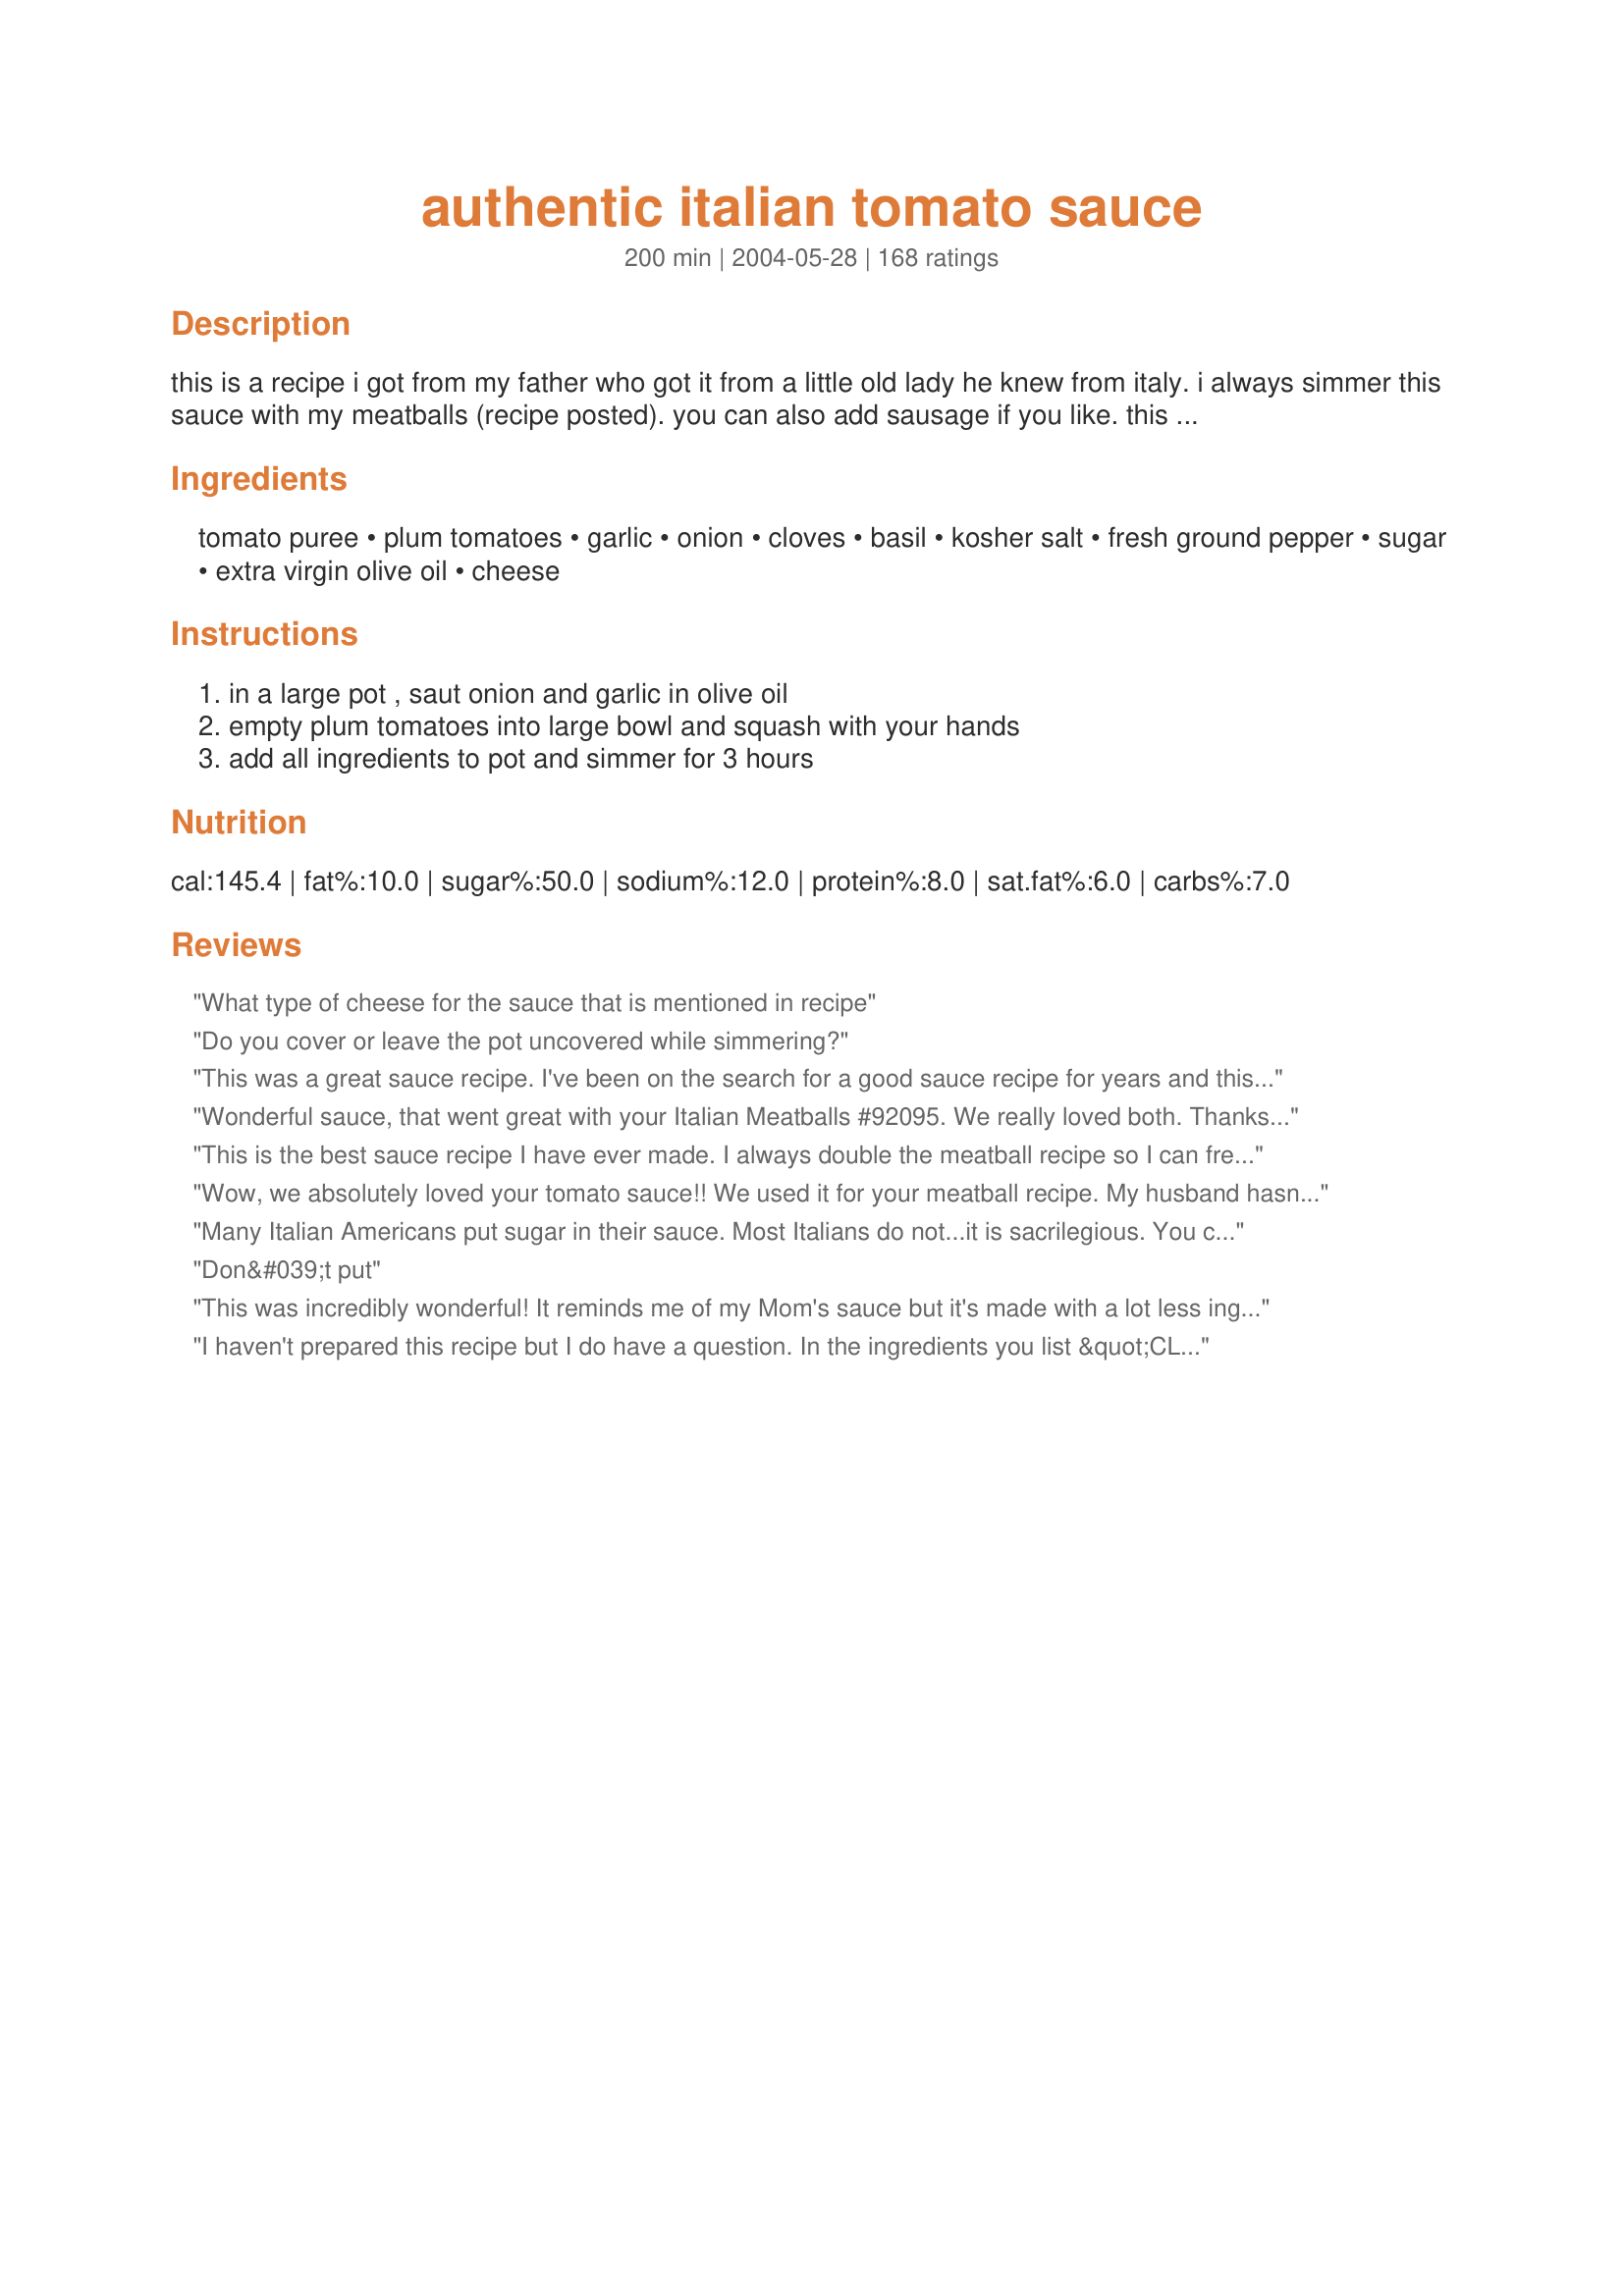
authentic italian tomato sauce
Preparation time: 200 minutes

this is a recipe i got from my father who got it from a little old lady he knew from italy. i always simmer this sauce with my meatballs (recipe posted). you can also add sausage if you like. this sauce is to die for!!!!

Ingredients:
tomato puree, plum tomatoes, garlic, onion, cloves, basil, kosher salt, fresh ground pepper, sugar, extra virgin olive oil, cheese

Steps:
in a large pot , saut onion and garlic in olive oil, empty plum tomatoes into large bowl and squash with your hands, add all ingredients to pot and simmer for 3 hours

Reviews:
What type of cheese for the sauce that is mentioned in recipe
Do you cover or leave the pot uncovered while simmering?
This was a great sauce recipe. I've been on the search for a good sauce recipe for years and this one did it. I guess it's all about proportions.... and I did add the sugar, which I never did before.
Wonderful sauce, that went great with your Italian Meatballs #92095. We really loved both. Thanks ~In*Memory*of*Brats~....
This is the best sauce recipe I have ever made. I always double the meatball recipe so I can freeze in small bags for meatball sandwiches. So glad I found it.
Wow, we absolutely loved your tomato sauce!! We used it for your meatball recipe. My husband hasn't stopped raving about your meatballs & tomato sauce. We did make a few changes though, we used our homemade tomatoes & we omitted the cloves. Thank you for posting this recipe, it's a gem!!
Many Italian Americans put sugar in their sauce. Most Italians do not...it is sacrilegious. You can cut the bitterness by adding a couple of cut carrots to the pot when simmering the sauce. Other than that, I like the recipe.
Don&#039;t put
This was incredibly wonderful! It reminds me of my Mom's sauce but it's made with a lot less ingredients. The only change I made was to use 3 dashes of cloves because I didn't have whole ones. I used Locatelli cheese and did make with your meatball recipe, except I fried them in the olive oil before dropping them in the sauce. An awesome eating experience for the whole family...they could not stop raving about it. Thanks!
I haven't prepared this recipe but I do have a question. In the ingredients you list &quot;CLOVES&quot;. I've prepared a lot of italian food, especially scratch marinara, but I've never used cloves. I will use CLOVES OF GARLIC. Is that a recipe a typo ?
Easy to make and quite tasty! Cooking the coordinating meatball recipe in the sauce definitely added an extra kick (recipe #92095). My husband and I really enjoyed it.
Wow, this is some amazing sauce. I have had it simmering since this morning and now the 3 hours are up. I tasted it and it is out of this world. The flavor is incredible. I can't wait to have it for dinner.
Thanks Allie!!!
I found this to be too sweet, and there were too many cloves.
Love this sauce and the meatballs, too!
I made the recipe exactly as posted and I found it way too sweet for my taste. I will continue to search for the perfect sauce.
This sauce is absolutely awesome! Better than my own recipe and better even that Nona&#039;s! I&#039;m not a fan of sweet gravy (sauce for you non-Italians), so I added sugar to taste but other than that, I made it exactly as written. It&#039;s perfect so why mess with it. Thanks to In Memory of Brats for posting this recipe.
I made this along with the cook's suggested meatball recipe, which was also great. Just looking at the ingredients the sauce sounded relatively simple, but even if it was simple it tasted fantastic. And it went perfectly with the meatballs. It was easy to make. I did replace the cloves with a teaspoon of allspice.
This is the absolute BEST sauce in the WORLD!!!!! I LOVE it! Thank You &quot;Memory of Brats&quot; I browned a couple country pork chops in the pot first, removed them, and continued putting together the sauce, and then added them back along with your meatballs. Simply Heaven.
The cloves are a really nice touch - very good, thanks!
Made this almost completely as written ( i did not have cloves). Everything was going well, tasting as I went along. as soon as I added the cheese I felt like it went off! I persevered and simmered for about an hour. At that point I was convinced that the cheese was darkening the tomato flavor. I added a t salt and eventually a T oregano to try and distract from the cheese flavor but in the end I feel like the cheese is a blight on this recipe. It came out fine...I mean, it tastes about like a store bought jar of &quot;three cheese&quot; sauce or something, but when I do it again, I will definitely leave out the cheese (and then won't add oregano either). My thought is this. If I am going to spend the time making my own sauce, I really don't want it to taste like Ragu.... In the end, not a bad sauce, nothing wrong with it, but not a fresh, vibrant sauce IMHO.
Excellent!
Good recipe except for:<br/>I had no cloves so omitted those, added more garlic, some diced mushrooms, and some Italian seasoning. I used it for baked ziti and the family (even picky kids) loved it! I thought that it tasted kind of like v8 while cooking but realized that I should've added the water that the tomatoes came in, so I added water, let it reduce a bit and it tasted much better. This was my first try at homemade sauce and I will definitely try it again for our next Italian night.
Excellent sauce, similar to my grandmas (another little old italian lady LOL)except I added italian seasoning instead of just basil. Making this today with meatballs, and bracciole - Yummy
Try adding oregano to the sauce. Oregano is a spice that should be in most Italian dishes. That would make it a little more "authentic".
Very good sauce. I didn't have whole cloves so used a pinch of ground clove. Also, a good bit of fresh basil instead of dried. 
Did try recipe #92095 for meatballs and was pleasantly surprised that the sauce did not become greasy. Good combination of recipes. Thanks.
excellent sauce. I normally use Barilla at about $3.00 a jar. This sauce tasted fresher and was much cheaper. Thank you!
delicious made it for my family tonight and Loved it.
Thanks for the great recipe. The best sauce i've made, only used 4 cloves and three cloves of garlic. I also made the meatballs they were also delicious. Will be making both again everything went together so fast.
Very good. It tastes like its been simmering all day. I added some turkey meatballs and my family loved it. Thank you for sharing with us.
This sauce was delicious with your meatballs. I think the sugar made it most delicious and I liked the oregeno in it.
Thanks for posting.
I didn't make it....but I TASTED IT and had to review this recipe!!! My friend made it and my dh and I were at her house and the fragrance of the sauce called out my name. She graciously gave us a sample and we can't stop talking about how amazing it tasted! I LOVE oregano, BUT I didn't even notice that it was missing...it wasn't needed. Anyone who had actually made the recipe might have know that! Thanks Allie!
I always use this recipe when I make sauce and I also use her meatball recipe which is out of this world. The meatballs are so moist and flavorful
This sauce is fantastic! I agree with SugarMegnolia, I could eat it like soup!
This is one of the best sauces I have tried in a long time. I made your meatballs to go with it. 

We all liked this sauce. 

Thanks In*Memory* of Brats.

Bullwinkle.
OMG! I am not suprised this has so many ratings it is sooooooo good. Ther is total room for improvisation also which is great. For one thing I did my second batch on low in the crock pot and it was outstanding. I have also increaesed the amount of cheese which works too. I am not too keen on cloves so I have not added them in with any of the sauces I made and I increased the garlic as I love garlic. I am busy cooking some now with some sun dried tomatoes added so we will see how that turns out. It freezes well too!
We liked this, it was very good. Instead of canned tomato puree, I used homemade puree from the garden this summer (great flavor). I had to add some cornstarch to get this to the right consistency, as it was very thin. Also, no mention of fishing the cloves out, which I did do, but I wish I had bagged in cheesecloth (or similar) since biting one of these is truly unpleasant and finding them was no easy task. Thank you for the recipe!
Delicious, delicious sauce! We followed the recipe exactly, except we couldn't find cloves at our grocery store. We sauteed the onion and garlic in a separate pan, as suggested by another reviewer, and it worked beautifully. Served with the "Authentic Itallian Meatballs"--#92095. This recipe is so good, we saved every last drop of leftover sauce and served with chicken Parmesan a few days later. I've been recommending this sauce, as well as the meatballs, to everyone.
I used this with the meatballs, but cooked meatballs most of the way, first, so that I was sure that they weren't mushy, as a couple of people mentioned, and less greasy. I did not have the 28 oz cans of tomatoes, so used what I had since this was a last minute decision. I used just a couple of dashes of ground cloves and a bit of red wine because the latter is just what you do!! LOL!! Great recipe!!!
I made this recipe along with the meatballs. I had never made spaghetti before and it turned out great. I only did a couple tweaks. I browned the meatballs in an iron skillet before adding them to the sauce (as another poster suggested) and I made them 2/3 ground beef and 1/3 hot Italian sausage. And, I also cut the cloves down to 1 and tripled the garlic. I only gave it 4 out of 5 stars because it doesn't seem authentic (or is it?). I as hoping to find a recipe using all fresh ingredients, but this one was quick and easy - after its all together you just need to stir the pot occasionally. Next time I am going to do the meatball equal parts beef, hot italian sausage and lamb. I really liked how the sauce turned out. It really cooked down a lot and was super thick when it was time to serve - perfect for adding a little noodle juice to make the sauce really bind to the pasta.
Amazing sauce! Thanks for posting!
So easy to make! what a fabulous sauce; will definitely make this again. Thank you!
This Paisana loved this sauce. My whole family gave this 5 stars! Even my Italian mother loved it! I loved the flavor, the texture, the simplicity, the smell and the ease of this recipe. I was skeptical about the cloves and I might put in 2 less next time (I'm just not a clove fan in general), but it added a very interesting dimension. I did add 4 more garlic cloves because 2 didn't seem enough for the volume of sauce and I might even put in more next time. I made the sauce with the meatballs simmering in it - so easy! I can't resist weighing in on the oregano issue: my mother (who's Italian family is right off the boat in NYC) agrees that the only good use of oregano is on pizza. It's a very strong and distinct flavor and we don't happen to like it. I guess it's like the cloves, a matter of personal taste. Say NO to oregaNO!
Excellent! I made this with the meatball recipe. It is the perfect match. Thank you for sharing! Can't wait to make it again - neither can my kids!

Have not made this yet but wanted to add my 2 cents about oregano....my Italian mother and grandmother always said oregano is for pizza, not for sauce!
This was my first attempt at making an authentic Italian red sauce. I simmered meatballs in the sauce and they turned out nicely. I used 4 cloves as recommended in previous reviews and that was about right, might try 3 next time or I may try ground cloves so I don't have to search for the whole ones in a huge pot of sauce. Will 'make again'.
add a few sprigs of Thyme to the saut&eacute;ing of your sausage . Thyme is a gre4at herb along with basil for sauce
I am suspicious of any "authentic Italian" claims in a sauce recipe containing sugar. Taking out the sugar would be great. Sugar doesn't improve flavour in my opinion, and I know it does not take away acidity.
Being 100% Napolitano born in America, traditional core italian recipes were taught and passed down from my Grandmothers. Both were from mountain villages outside Naples, about 50 miles from each other but divided by mountains. I mention this because most traditional recipes are the same or very similar. This sauce recipe is very close to how we make our sauce...almost identical, we only add bay leaves. The best traditional italian or Napolitano recipes are all very simple but fresh ingredients. Canned American puree is a newer convenience but does not deter from the end result. If you grew up with this version of sauce, it's a comfort food staple, with meatballs and italian sausage...always.
So glad to read that tomato pur&eacute;e is Passat a in Uk. I am about to use this recipe Wish me luck!
Loved this with your meatballs! Whole family was impressed!
Love this recipe! Use it for plain spagetti sauce, lasagna with Italian sausage &amp; ground beef &amp; with meatballs. Perfect!
OMG - this rocked! This was my second attempt at making it - the first time, I used fresh vine ripened tomatoes instead of canned plum tomatoes and your sister kindly informed me that was why it didn't work. Luckily, the second time was a charm. Absolutely delicious - I used a bit more basil and garlic. We loved this!! Thanks so much for posting!
I cut the ingredients in half and made this yesterday. It was so delicious and easy to make. I've tried to make homemade spaghetti sauce in the past but I was always disappointed with the results. Not so, this time. My SO said the sauce reminded him of his favorite Italian place in Chicago. I plan on making this sauce and freezing it, so I'll always have some on hand.
my hubby don't really like tomato base sauce as most tomatoes are sour. but he loves this one!!! I used 1 can 500g of italian roma tomato and 600g of puree. And also 2 chorizo sausages. i also cut back to 3 cloves in case it's overpowering. I use normal salt. Wonderful!!! Thanks for the recipe.
Thank you for sharing such a wonderful receipe. Turned out PEFECT!!! Also, made the meatballs and made my pasta from scratch. Inspired me to look into cooking other types of authentic italian sauces. Will be a permanent receipe in the familly cookbook
So great!! It just gets better the longer you simmer it with some meatballs. thank you
I have used a similar version for years, this is excellent. Basically my version uses 1 to 2 tsp. of ground Anise instead of cloves - both taste great.
can you please specify how many cups ur recipe yields?
Quite a good sauce. Rich and tomatoey. Cloves add a nice subtle flavor to the sauce. I, too, questioned the lack of oregano, but resisted the temptation to add some. The sauce was good w/o it. I did,l however, add a bit more garlic and onion. Cheese gives the sauce a subtle creaminess that echoes some pink (tomato & cream) sauces I have tried. Very good with your meatball recipe.
Wonderful sauce recipe, smooth and delicious...definitely a keeper, and the meatball recipe was great, too...
This sauce is absolutely delicious! Thank you for sharing. i would never think to add cloves to my tomato sauce recipes before.
I had lots of yellow tomatoes so I used those instead of plum tomatoes. I used ground cloves and just slowly added until I could just taste the cloves. I did not add the cheese because I froze it and figured I could add fresh cheese when I used it.
I LOVED this! Ok so I have never been able to give recipe a good rating like this. It was acually good. I only used one can of tomato puree and cooked italian sausage in it. I was able to freeze the leftovers for another meal. YUMM!! Thank you so much for posting this.
Unfortunately despite purchasing imported tomatoes and following the directions to a tee, it tasted a little like Ragu.

Too sweet, and I feel that all the sugar and perhaps the onion did too much to mask the flavor of the tomatoes (which, by themselves, tasted great).

Also not enough garlic and not enough salt in the original recipe.

It wasn't bad - just OK... and I guess for people trying to imitate a Ragu like flavor, this will hit the mark.

All in all, not for me.
AWESOME SAUCE! Made exactly as described. One question, do you put a lid on the sauce while it's cooking or partially covered?
Delicious! I made this with the accompanying meatball recipe, and it turned out great. This was my first time making tomato sauce and meatballs from scratch, and I will definitely go back to these recipes. The only thing I wasn&#039;t sure about was what kind of grated cheese to use, so I used parmesan. Not sure if the recipe author (or other reviewers) could clarify what cheese is usually used for best results.
This sauce is awesome. I have made it several times. The only thing I did different was add a lot more garlic. I have given this recipe to several people...It gets good reviews from everybody that I have made it for. I also used your meatball recipe and added two sweet italian sausage links while simmering..Very good, I can't say too many good things about this! Thanks for posting.
This was hands-down, by FAR the best tomato sauce I've ever had. Cooked it for about two and a half hours with some Italian sausages cooking in it too...
We kept going back to the stove to taste it every few minutes, it was so good! I could eat it like soup! My father (pure Italian) absolutely LOVED it too.
One word EXCELLENT!!!!
Very Good...I followed the recipe expect for the 6 cloves, I didn't have any on had so I sprinkled a little ground cloves in the sauce instead. I also made your meatballs and cooked it in my crock pot on low for about 5 hours or so...made GREAT meatball subs.
Great pasta sauce....thanks for the recipe!!
Instead of adding whole plum tomatoes and puree and cooking for 3 hours, just buy crushed peeled tomatoes or ground peeled tomatoes (Like Pastene&#039;s Kitchen Ready or Tomato Magic). canned sauces are already cooked once, so 3 more hours created an overcooked flavor to me. Reduce the cook time to 45 min to 1 hour and the sauce will have enough time to marry (meld) and not be overcooked. Otherwise good recipe.
I have not made the recipe but I can tell you it is NOT authentic Italian. I work for a company who makes authentic pasta sauce. If you want authentic Italian you have to use Italian tomatoes, no added sugar, and no cloves. Authentic Italian pasta sauce contains very few ingredients: Italian tomatoes, salt, pepper, onions, garlic &amp; olive oil.
This is seriously the best tomato sauce ever. Don&#039;t worry about the sugar it does seem like a lot but it&#039;s delicious. I cut up Italian sausages raw and put them in the sauce after I completed it and before I was ready to let it simmer for the 3 hours. It was so good as if the sausage was almost candied without being sweet like dessert. My whole family was so impressed and I this is coming from someone who ALWAYS impresses!!? seriously do yourself and your dining partners a favor and get out the sugar cloves and make this recipe!!
This was fabulously easy. I used 3 410g cans tomato puree and 2 400g cans diced italian tomatoes. I made a slight error, by adding too much sugar (woops) but it was wonderful nonetheless. Next time I will measure it out with a spoon..
I thought this sauce was pretty good when I first served it (everyone raved about your meatballs!). But when I ate it the next day (and the next!) it was really good! It definitely got better overnight and will make it again.
I was looking for a rich, thick, slightly sweet tomato sauce and this is THE ONE. Made as posted and did not need to change a thing! I used it to make recipe#114571 and it was perfect. I can't wait to make some lasagna with this sauce. Thanks for posting!
I made this sauce to accompany your meatball recipe. I threw everything into my crockpot and cooked it on high for 4 and a half hours. I was feeding a crowd and everyone enjoyed the sauce but my family prefers the one that I usually make;I guess old habits are are to change. I did love the fact that I keep most of these ingredients as staples in my house and it is easy to whip up this recipe. I also love how cheap this sauce is and how much better it tastes than store bought. I'm sure without including the items that I usually have on hand, the cost for the sauce was less than $5.00. So if I add the cost of the meatball...I made a spaghetti,meatballs & sauce dinner for less than $1.00 a serving--you can't beat that! Thanks for posting!
I would give this 50 stars, if I could. I could drink this tomato sauce with a straw, it is that delicious. I did not have any cloves, but other than that, I made it as directed. My hubby and 2 children, who are very picky and rarely compliment my cooking, all ate 2 servings of pasta with this sauce and said it was fantastic. I will never again buy tomato sauce. This is GREAT tomato sauce!
Made this with the accompanied meatball recipe (92095) and took to a pot luck. Total hit! Good, solid, authentic, Italian cooking. Just like my mother-in-law's that I have been trying replicate for years. Thanks.
I'll add my five stars to your ever-collecting list of reviews here ; ) This sauce is delicious, Allie! I changed nothing, as I wanted to see exactly how this recipe turns out, and I feel it is restaurant quality. I tasted this sauce after simmering for 1 1/2 hours and I have to say, I liked the flavor better at the end of the first half of the cooking. The second hour and a half thickened the sauce, but seemed to me to change the flavor. I served it with your recipe for meatballs which were a great addition to this sauce. I do have to add that my family still wants me to continue making my own sauce, but with me, this one deserves a winning review! I plan to use the leftover sauce to make some ziti ; ) Thanks for the wonderful supper, Allie!
This sauce is fantastic! Followed the recipe the first time but was a little bland and too heavy on the cloves, with a few tweaks for my own flavour I have made this the last 5 Sundays in a row and guests DEMAND to take leftovers home!

My tweaks:
-1 Can Crushed, Diced and Whole plum tomatoes but I use the good quality ones - huge difference.
-double the garlic (rule of thumb)
-4 cloves
-doubled basil, salt, pepper
-use honey instead of sugar
-I remove the casing from italian turkey sausage and crumble it in.
-Let it simmer for 3-4 hours and in the last 15mins remove the lid to get rid of some of the extra water.

Guests don't even add salt/pepper to this - the eat it up and clean their plates!!
I've been eating this sauce forever, AlliePie is my sister. It is perfect. Oregano doesn't make anything "authentically" 
Italian. Neither of us use it.
This is about as authentic as authentic can get. We should know, we are both authentically Italian. :-)
I was looking for a pomodoro sauce that could be made with in-hand natural ingredients, this one is THE BEST, I did let it get very thick and then added some red pepper, I like a little kick to it, and it&#039;s absolutely great and easy to prepare, many thanks!
Wonderful sauce! I also added more basil and more garlic. I allowed this to just sit and not really even simmer all afternoon, it was just awesome. Although this uses canned products, it has a really fresh, light taste to it...packed with tomato flavors and I love the fresh basil. Thanks for posting!
It is so frustrating when people post &quot; this recipe is great&quot; ...but then list 10 ingredients or quantities the changed&lt;br/&gt; Please post your own recipes and just tell me how this recipe is. Yikes.
I had high hopes for this sauce, but unfortunately I was disappointed. I didn't make any changes to the recipe. It's definitely lacking something.
Absolutely great recipe. My three kids (1-7), husband and I all love it.
when you change the recipe and add this and that it's no longer an authentic italian tomato sauce..and you can't guve it a fair review when you change the recipe.. the ratings should be based on the recipe posted only.. if you add a bunch of different things then post it as a different recipe.
Beware Brits. If you are cooking this then don't do what I did and use the tomato puree as we know it in UK. As I have since found out, the Americans call what we call Pasatta, Tomata Puree. In UK tomoato puree is the thick concentrated stuff that the Americans call tomato paste. It was like wallpaper paste when finished and a bit too tomatoey, but i still ate it, not wasting that many meatballs :). Anyway, since finding this out I have re-tried the recipe with tomata pasatta instead of puree and it is an absolute gem of a recipe. thanks.
You can saut&eacute;e the onions, garlic and oil in the same pot just do it on a low heat and stir until the onions are translucent. Then add the rest of the ingredients. When you do it this way you prevent the onions, garlic from burning. This chef absolutely loves this recipe and the meatballs are outstanding.
Haven't made this yet, my question is what kind of cheese is recommended? Thanks.
Oh.my.goodness. Sensational! I wasn't sure about making a sauce without tomato paste, but when I read another reviewer's comments about it not being so sour, I decided to give it a whirl--and I'm so glad I did! It had plenty of fresh tomato taste and no sourness. I added some more herbs and spices (oregano, thyme, bay and fennel)and used brown sugar instead of white, and it was absolutely outstanding!
Sorry one more question, do you mince the garlic or just put peeled garlic cloves in whole?
I think the cloves made the sauce smell and have a funny taste. Kind of wasted my whole dinner.
Finally a sauce that everyone in this household would eat without complaint!! I did have to sub with diced tomatoes and I left it on a low - warm burner all afternoon after I was sure the meatballs were cooked through. I followed Karens review and added 3 small shakes of cloves instead of whole cloves. I also made your meatballs which DS did not care for. However next time I make this I will cook the meatballs prior to adding to the sauce to see if that will satisfy him. Thank you for sharing!
This very easy to make and I had high hopes for it, it even smelled wonderful while cooking...however we thought it was just OK. My DH complained that it was very bland. The meatballs were amazing...I will be using those again, but I think I will add a little more garlic or something next time.
I'm in the process of making this and I feel like it's very sweet, any tweaks/fixes ?
This recipe tastes exactly like good tomato sauce is supposed to taste. I was making some lasagne and I wanted to use real sauce as opposed to the canned stuff, so I made this. There are probably a couple variations you could do with herbs and spices, I put some oregano in mine, it turned out great. Thanks for the recipe Brats.
PERFECT spaghetti sauce. I add twice the meatballs that match with this recipe so I added one more can of tomato puree to make more sauce, didn&#039;t adjust any other ingredients and it turned out great! This recipe is enough to hold double the meatballs but for my safety, I like to have a little more sauce. This sauce is gold!!
Awesome! Made with the Authentic Italian Meatballs #92095 and it all was great! I didn't have whole cloves so I used 2-3 Tablespoons of ground cloves. Turned out fine!
This is so TASTY! I used 1/2 teaspoon of ground cloves, as I forgot to buy whole ones and I used Parmesan cheese. This sauce is so light and delicious, especially with your meatballs too. I also like that there isn't a laundry list of ingredients to make it! My hubby and I both LOVE it. This is the only sauce recipe I'm going to use from now on. Thank you for sharing!
I made this also with the recommended meatballs, which were wonderful and tender, much nicer altogether than regular fried meatballs. The only thing I found was the sauce was very, very rich and we could hardly finish our bowls of it. I think that would depend on which brand of puree you use (since there's a lot of it), I used the Fred Meyer one. It was still delicious though! Thank you for sharing this recipe!
We really enjoyed this sauce as a base for a pasta sauce with ground beef added.
This was easy and delicious! Made with your meatballs, which were also good. Even my 4-year old "but I DON'T LIKE sauce..." son ate it all up.
I'm sorry to give it only three starts but my honest review is that hubby and I didn't care for this too much. I don't know if we were just expecting more from this but it was just very bland. It just tasted like tomato sauce with very little flavor to it. Sorry.
A question in regards to the cans of tomato puree, is it 2 x 28 ounce cans or a total of 28 ounces? I am in Australia, our cans of tomato puree are usually approx 400g or 14 ounces.
This is a great sauce! We used it with your Authentic Italian Meatballs recipe and it's perfect. I've made it a couple of times and each time the kids ask for it again the following night. Honestly, if I allowed it, they'd want it every night. I LOVE the added dimension that the cloves add to this sauce. The second time I made it, I forgot to put in the cheese. While it was still very good...we found the cheese to be a key ingredient. Thanks for posting this!
I love this! It was so easy! This is the first time I had ever made homemade italian sauce, and I nailed it!! thanks...the only extra thing I added was a pinch of baking soda to get rid of the acidity. Thanks!! I also made it with the 92095 meatball recipe! My Italian mother was so impressed! Seriously perfect "sunday dinner" recipe!
This sauce is just delicious. I used crushed tomatoes, tomato puree and tomato sauce as they were in the pantry. Added two more large cloves of garlic and used fresh basil, but that&#039;s it and it was just wonderful. Thank you for this! So easy!
I made this without the cloves because I&#039;m not quite sure how to cook with them. Do I just throw 6 whole cloves in the sauce? And if so, will they dissolve or break someone&#039;s tooth when they accidentally bite into one? Lol!
Do you really use 2 x 28 ounce tins of tomato puree?
delicious!
Very good!! Even better the next day, if you can believe that. I didn't have tomato puree, so I took canned chopped tomatos and whirled them in my food processor. I simmered them for 3 hours, when I served it up with your meatballs, the sauce was a little watery, but I'm sure it's because I used the tomatos instead of the puree. So I simmered for a few more hours. I put in in the fridge over night, when I warmed it up today, a nice thick sauce. This will be put in my tryed and true cookbook. Thanks so much for sharing this recipe.
This sauce and your meatball recipe (#92095) were fantastic!!. Will be making this again. Thanks!!
This was great, I dropped in In Memory of Brats's meatballs too. i added more Italian seasonings and garlic, and omitted the cloves, otherwise it would have been to plain for me.
This recipe turned out amazing. I didn&#039;t use cloves (I forgot) but the sauce really turned out better than any other tomato sauce recipe I have tried. I will definitely be using this again and again.
This was good but way too sweet for my taste. I'll probably make it again because it is very easy, but I'll cut the sugar back by at least half. I paired it with the Authentic Italian Meatballs (#92095) which are awesome.
Couldn't find the large cans called for, so I substituted 3-29 oz cans of puree and 1-28oz can tomatoes. I didn't know what kind of cheese to use, so I put 1/4 cup each of mozzerella and parmesean. I wasn't sure if it should simmer w/the lid on or off, so I verified with the poster that the lid should be ON. Can you tell this was my first attempt at spahgetti sauce? And, I'm happy to report it turned out fantastic! Thanks!
This sauce is SO good! I made this to serve with your meatballs recipe #92095 and spaghetti. I made a few alterations... I halved the tomatos and tomato puree. I had no cloves on hand so I used Â¼ t of powdered cloves. I used 1 T sugar and we like garlic so I used 5 cloves. It was fantastic. Next time I am going to try it in my slow cooker. It was a lovely rich sauce. Thank you for a great "keeper" :) 28 May 2009 This also freezes and reheats beautifully!
This sauce and your meatball recipe (#92095) were EXCELLENT! <3<br/>Thank you!
Whoa. This sauce is so delicious!!! Even my father couldn't stop tasting it. I actually halved the recipe (in case it was gross) but I added way more garlic. I also substituted cinnamon for cloves (didn't have any), put about a half a teaspoon. Also added a touch of italian seasoning with the basil. You don't really taste the cinnamon, it just really adds to the flavor. We are having it with fried calamari, scallops, and shrimp. YUM! This is my new tomato sauce recipe, and I'll never buy jarred again!!
This recipe was so good!! Only changes I made was to add fresh basil, flat leaf parsley and rosemary plus about 1/2 t. extra Italian seasoning. I used a Rachael Ray recipe that was similar for your meatball recipe and cooked them up and added them at the last until heated through. I will try your meatball recipe next time as I am sure the meat cooking in with the sauce will even be tastier. Thanks for sharing a great recipe!
This was the worst spaghetti and meatball recipe ever. A total waste of 4 hours. It has a terrible flavor. We would definitely not recommend this dish. Barf on noodles.
Awesome! This was incredible, I made the sauce and your meatballs as well. I used the sauce for eggplant parm, I received quite the compliments. I will be making this again for a dinner party I'm having.
I thought that I had reviewed this. I made this awhile back. Very good sauce, loved it! Will make again!
Very good sauce recipe. My friend LOVED it and couldn't stop raving. It's a sweet sauce, if that helps anyone out there looking for a sauce recipe. I will make this again! Thanks!!
Another great recipe! As soon as I smelled this wonderful sauce I was dying to have a taste, since there was raw meat in there, I had to wait! LOL My DH was asleep and the smell woke him up LMAO I let him taste a meatball and the first thing he said was MMMM great sauce! His late grandmother was Italian and he loved her sauce, he said your's was only 2nd to hers LOL I guess this will be *the* sauce from now on since we don't have her recipe. BTW, I only used 2 28oz cans of puree and one 28oz can of tomatoes, that made a TON of sauce....116oz seemed like way too much, are those industrial sized cans? lol 
Thank you so much for posting this!
Good tomato sauce, but definitely not what I was expecting. The cloves added a strange vibe to the sauce that made it different from the "authentic" Italian sauces I'm used to. I followed the recipe exactly as is and added meatballs and Italian sausage to cook in the sauce. I'll definitely start cooking my meat in the sauce from now on, both came out super tender and a lot more healthier without sauteeing them first. I'll probably try this recipe again, but will leave out the cloves or cut back on them some next time.
Great recipe!
I wanted to weigh in on this baking soda cutting down the acidity in sauce/gravy. What my grandma did and what she told us what works for that is bay leaf. Add the bay leaf when you combine all the ingredients you should have a well balanced gravy. Another fond memory from my childhood is whoever finds the bay leaf in their pasta gets an extra meatball! Lol, well I hope that helps and happy cooking!
I wanted to add my experience regarding how you saut? the onion and garlic in the same pan and then adding sugar to the recipe. Here is what I%u2019ve learned from my own cooking experience and from reading hundreds of recipes. Many recipes tell you to saut? the onions in the same pan in which you make your sauce as it adds more flavor to the dish. The recipe as posted says to use olive oil and if you have that in the bottom of your pan, you are not likely to burn the onions unless you are saut?ing them at too high a heat. Any sticky bits should then be scraped up as you are adding the other wet ingredients (tomatoes). This only adds flavor, unless you%u2019ve burned them. So cook slowly only until onions soften. <br/>As for sugar being added to the recipe, I have two things to say. The poster of this recipe, %u2018InMemoryofBrats%u2019, says that this recipe was given to her father from a lady from Italy. Most people from Italy didn%u2019t use canned (from the store) tomatoes; they would have used fresh or something they canned themselves. Tomatoes and the sweetness of those tomatoes vary from season to season and sometimes from fruit to fruit on the same bush. To avoid bitterness that some tomatoes have, you can add sugar to make up for not having a sweet tomato. So, check your sauce and if you feel it%u2019s too bitter, add some sugar, a little at a time. Of course then there are some people that just love a sweeter sauce and for them, the two tablespoons of sugar may be needed. I just wanted to clarify this to new cooks and hope it helps someone.
Great sauce!!I have been making this for about a year and have always had nothing but great comments on it. The only thing I add is pepperoni.The pepperoni gives it a little more zing.Thanks for a recipe that I'll always use
Regarding the comment about oregano .... adding oregano to red sauce is highly subjective. I live in an area w/wonderful Italian food and not everyone adds it - I happen to prefer sauce w/out oregano.
Very good recipe, especially with the complementary meatballs recipe. They work really well together. Originally, it was too heavy on cloves for my tastes, so for the next cookout, I halved the recommended amount. The amount of sugar is pretty conservative and that&#039;s coming from someone who doesn&#039;t like overly sweet pasta sauces (everything off the shelf is too sweet for my tastes).
Have you ever made something so good that your family won't stop eating it for 2 days? Well that's how this sauce and linked meatball recipe went over in my house. I signed up just to write a review on this a make it the first recipe I add to my recipe box!
I simmered this sauce for 3 hours and added your meatballs to it. For us it was just Ok. Nothing is wrong with it however. I didn't use the cloves because I don't care for cloves.
This recipe is amazing! I grew up with an Italian Grandmother making a big pot of Gravy every Sunday.. She passed away when I was a teenager and I have always tried to figure out her recipe but something was always missing it did not taste like her gravy. Then I found this recipe and all along the one thing I was always missing was the cloves. Took me back to my childhood! I did use brown sugar instead of regular sugar. I also added half a small can of tomato paste while to onions and garlic (I used 4 cloves) are sauteing (it brings out the flavor) then I add everything else. With the empty can of tomatoes fill about 1/4 way full with water mix the rest of the tomatoes with it and put in pot. This is the best Sunday gravy! I do make mine with his meatball recipe which is amazing and I also add raw sausage to the pot as well. and I let it simmer all day. This is an amazing Football Sunday meal!
Good, easy recipe to follow. This does make alot of sauce so maybe next time I would cut back on the tomato puree. Thanks for posting.
This is a good basic tomato sauce. But, I felt the sauce was missing something and my family thought so too. We weren't sure what? I followed your directions, using two 16 oz cans of tomato puree and one 28 oz can of diced tomatoes (as KMT suggested in another post). I loved the idea of cooking the meatballs in the sauce and will be doing that from now on.
Very good sauce. Only difference is I added maybe a heaping teaspoon or Oregano and a teaspoon of dried Habanero Chili (I like spice).
I've made this twice now and the whole family is in agreement - this sauce rocks! I make it with turkey Italian sausage and everybody loves it. Thanks for posting this, Allie!
I like using a 3 cheese blend.. sauce is great. Meatballs I use the veal/beef/pork mix.. love it every time!
Tried this for the first time with some of my gourmet friends and they loved it. Said it was real southern Italy food. It will please anyone that enjoys good Italian cooking. The only change was I added some crushed red pepper to it.
This sauce was really good! Being full blooded Italian I know a good sauce when I see one. I made a few changes. I used 3 cloves garlic, instead of 2, left out the cloves, decreased the sugar to 1 tsp. and increased the cheese, used parmesan, to 1/2 c. I did add 1 lb. sausage, taken out of skins and browned, then added to reduce grease. This sauce is one that I will make again. I made with your meatballs and we loved them too! Thank you!
This sauce is amazing! We absolutely loved it. I did add more basil...about a tablespoon or so of fresh. It thickens so beautifully and clings so well to the pasta. My picky child didn't even notice (or care) about the tomato pieces in the sauce--which really surprised me! She had a huge plate! I think this sauce will be replacing mine. :) Don't leave out the meatballs! They are fabulous too!!! (#92095) Thanks for a GREAT recipe Allie! :)

Love this recipe...along with your meatball recipe. Spaghetti is an all time fave meal at our house and this will be the one I make from now on it is simply delish! Thank you so much for posting!
Made this sauce with the meatballs recipe
&quot;Authentic Italian Meatballs&quot; on Food.com.
Absolutely the best two recipes for Italian sauce and meatballs EVER!
Delicious! And I&#039;ve been making meatballs and sauce for 40 years!
I guess I am definitely in the minority here, but my family did not care for this sauce at all. It turned kind of watery - too be fair, I did not cook it on the stove, but in the crockpot on high for 3 hours. Even so, the flavor I didn't think was very exceptional. Sorry, but I don't plan on making this again.
I liked the consistency of the sauce and the flavors would probably be pretty good IF I had not used cloves. The cloves make it taste very odd...all I could focus on was the overwhelming flavor of cloves. I did make the meatballs suggested to go with this sauce and they were really fantastic and cooked perfectly! I&#039;ll probably try this sauce again, but with absolutely NO cloves! Ick!
holy cow. i added 2 sticks of mozzarella string cheese to this and 1/4 cup of the powdery Kraft romano and it was delicious!! i didn't even have an onion or use cloves (cause i hate 'em) but i never knew sauce could be so easy and good.
What a great sauce! My husband and son both loved it and it made a ton, so I'll have some in the freezer for busy weeknights. I served it over pasta with the meatballs suggested. Thanks!
This exactly how I make mine. I also add a pork spare rib along with meatball and sausage. Sunday is not Sunday without sauce simmering all day??
Yum, very nice sauce. I used 500g jar of tomatos I had preserved and a 400g can of pasta sauce, because I did not have any puree, cut quantities for everything else except garlic and onion in half and used with Kittencal Famous Meatballs. Which I then used to make subs. Thanks for sharing. I love this sauce!
This was very good, I'm not sure if I'm a fan of the cloves though. I think next time I'll try leaving them out. It went over we'll with everyone in the house.
A very tasty recipe. <br/><br/>I changed it just a bit, I doubled the garlic and used fresh tomatoes ( about 3-4 cups ) and used 2 cans of 12 oz tomato paste 2 cans of water. <br/><br/>I also sauteed the onion and garlic in a smaller pan prior to mixing ingredients. <br/><br/>The kids loved the sauce and the meatballs, so it's a winner in our house and we had enough left over for a 2nd meal later in the week.
I had to add one other thing in my review that I forgot to mention: Sautee your onion and garlic in a separate pan, then add to the sauce. I sauteed them in the pot that I was using for the sauce as it calls for, and I could not keep the onion and garlic from sticking to the bottom of the pan. So sautee in separate pan first.
Caution: Another reviewer said she added a pinch of baking soda to reduce the acidity; I tried this and it took away all the flavor entirely; it was gross. If you&#039;re going to add baking soda add the tiniest pinch and test it first. I was so pissed when I ruined the entire pot.
Pretty good! I will add the various meats next time for more beefy flavor. I also increased the garlic as well. Thanks for posting.
I really enjoyed this recipe and will keep some in the freezer at all times. It can be used for so many things. I will reduce the cloves to 3 for freezing purposes, as cloves intensify in flavor after time. I added red wine to give the sauce a little more depth. Thank you for a great all-purpose sauce.
Although I would like to see a little more spice in this, it was a perfect compliment to your meatballs #92095. A nice thick sauce that was a perfect covered dish for a pot luck dinner.
Best meatballs I EVER had! My whole family just loved them! Definate keeper and only recipe I will ever use. Today I am trying your sauce. I predict only good things ahead!
I always thought making a great Italian sauce would be more difficult than this, but the hardest part is actually waiting for the three hours to pass. I added your meatballs to the pot then served it all over spaghetti. Next time I may add a little more garlic, but then again, I may not mess with it at all. Thanks for sharing this one, too Allie.
Allie, this couldn't be any easier! And I can honestly say that this is the BEST sauce recipe I've tried. I'm abandoning my other recipe for this one. It's delicious, light-not heavy, and not too acidic. I think it's because of the absence of tomato paste, which isn't needed. The simmering time thickens it very nicely. I followed the recipe to the letter with no changes. My entire family loved it--my husband came home and was dipping bread in the pot right away. He said to tell you that your sauce and meatballs are heirloom quality recipes to pass on to the kids. He has never said that before--but he's really serious about tomato sauce and meatballs, lol. This is the best! Oh, I had the sauce (w/ the meatballs in it) going at a good bubbling simmer, and everything was ready after about 1 1/2 hours, but I let it simmer longer anyway. Thank you for sharing your recipe!
Very good and easy. I like the addition of the clove. Thanks!
I made this without the cheese and still it came out so good! I made this with your meatball recipe :)
Even my DH liked your sauce recipe. Thanks!
I had made some changes while I prepared this sauce. I had fresh tomatoes on hand that I wanted to use up...used 4 garlic instead of 2...and added about 1 T of hot chili paste. The sauce turned out quite thick, so I added water to make a better consistency. The cloves imparted a unique taste that I quite enjoyed. I added a parmesan rind for flavor. To prevent the onions and garlic sticking, I sprayed my Dutch oven with Pam and cooked them at a lower heat and had no problems with burning. Next time, I would probably use fresh basil for a fresher taste. I used your recipe for meatballs and just plopped them in the Dutch oven, let them cook for about 10 minutes, then stirred them around...then simmering them for 3 hours. This is not the "run of the mill" type of sauce and turned out something quite unique. The cloves do make a difference, but you have to like the taste in the first place! This was a very easy recipe to put together, and I would do this one again!
This was okay - the cloves were overpowering the next day. I also added some white wine which was really nice.
I'm Italian, this sauce isn't authentic, even though it's not too far from how we make it. First of all do not add the sugar, that is something it can be done ONLY if the tomatos are too acid. Secondly if you want a sauce with the meat you have to brown the meat in the oil before adding anything else. Then you can put all the other ingredients. As for the simmering, you can't give a specific amount of time. It depends on how much thick you want the sauce, so you can simmer it starting from 1 hour to even 6.
